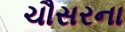
ચૌસરના